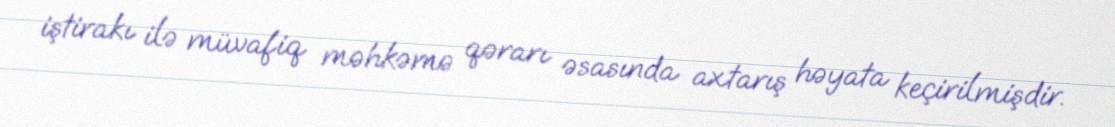
iştirakı ilə müvafiq məhkəmə qərarı əsasında axtarış həyata keçirilmişdir.